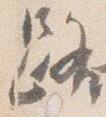
路